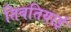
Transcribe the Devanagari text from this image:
तिबतियाई